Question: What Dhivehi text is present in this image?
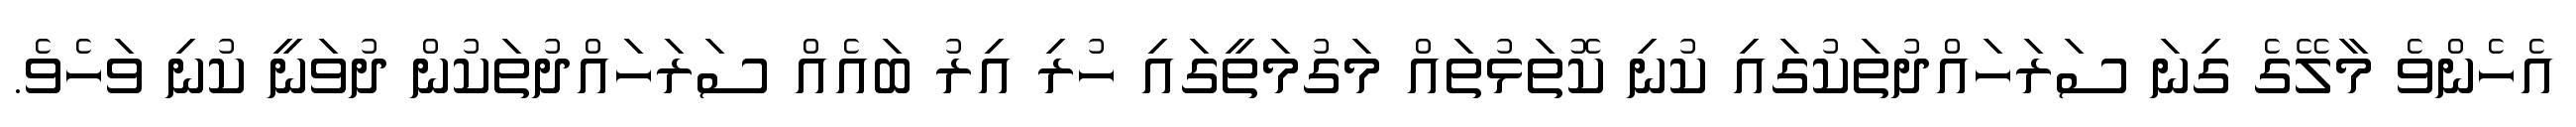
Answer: އެހެންވެ މާލޭގެ ގިނަ ސަރަހައްދުތަކުގައި ކުނި ކޮތަޅުތައް މަގުމަތީގައި ހުރި އިރު ބައެއް ސަރަހައްދުތަކުން ދުވަނީ ކުނި ވަހެވެ.